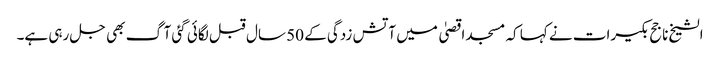
الشیخ ناجح بکیرات نے کہا کہ مسجد اقصیٰ میں آتش زدگی کے 50 سال قبل لگائی گئی آگ بھی جل رہی ہے۔